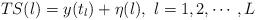
LaTeX: \begin{align*}TS(l)=y(t_l)+\eta(l),~l=1,2,\cdots,L\end{align*}